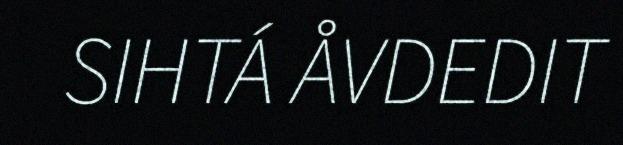
SIHTÁ ÅVDEDIT